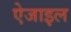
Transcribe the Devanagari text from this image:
ऐजाइल